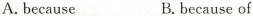
A.because B.because of